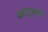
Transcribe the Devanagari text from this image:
कटपुतली